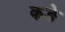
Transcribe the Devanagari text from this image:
कङे